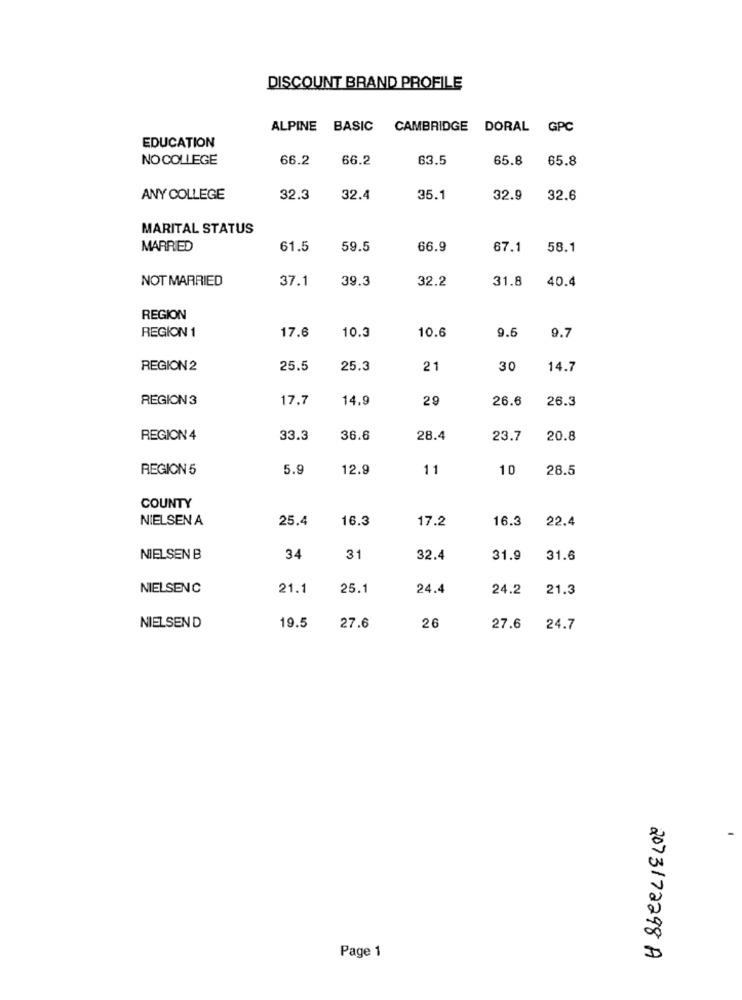
DISCOUNT BRAND PROFILE
ALPINE BASIC
CAMBRIDGE DORAL GPC
EDUCATION
NO COLLEGE
66.2
66.2
63.5
65.8
65.8
ANY COLLEGE
32.3
32.4
35.1
32.9
32.6
MARITAL STATUS
MARRIED
61.5
59.5
66.9
67.1
58.1
NOT MARRIED
37.1
39.3
32.2
31.8
40.4
REGION
REGION 1
10.3
10.6
17.6
9.5
9.7
REGION 2
25.5
25.3
21
30
14.7
REGION3
17.7
14.9
29
26.6
26.3
REGION 4
33.3
36.6
28.4
23.7
20.8
REGION 5
5.9
12.9
11
10
28.5
COUNTY
NIELSEN A
25.4
16.3
17.2
16.3
22.4
NIELSEN B
34
31
32.4
31.9
31.6
NIELSENC
21.1
25.1
24.4
24.2
21.3
19.5
NIELSEND
27.6
26
27.6 24.7
Page 1
2073172298 A